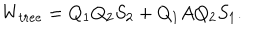
W _ { t r e e } = Q _ { 1 } Q _ { 2 } S _ { 2 } + Q _ { 1 } A Q _ { 2 } S _ { 1 } .